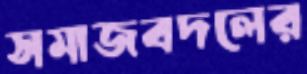
সমাজবদলের